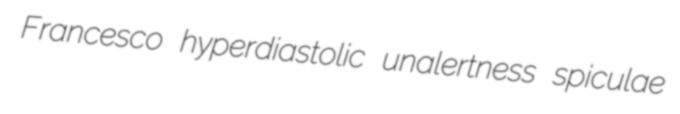
Francesco hyperdiastolic unalertness spiculae